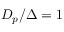
D _ { p } / \Delta = 1